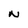
Character: N